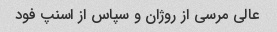
عالی مرسی از روژان و سپاس از اسنپ فود